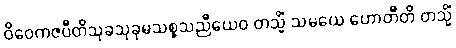
ဝိဝေကဇပီတိသုခသုခုမသစ္စသညီယေဝ တသ္မိံ သမယေ ဟောတီတိ တသ္မိံ